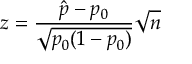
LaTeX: z = { \frac { { \hat { p } } - p _ { 0 } } { \sqrt { p _ { 0 } ( 1 - p _ { 0 } ) } } } { \sqrt { n } }